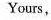
Yours，